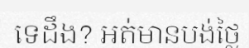
ទេដឹង? អត់មានបង់ថ្លៃ